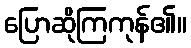
ပြောဆိုကြကုန်၏။